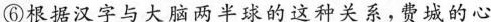
⑥根据汉字与大脑两半球的这种关系，费城的心